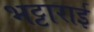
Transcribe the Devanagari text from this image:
भट्टाराई